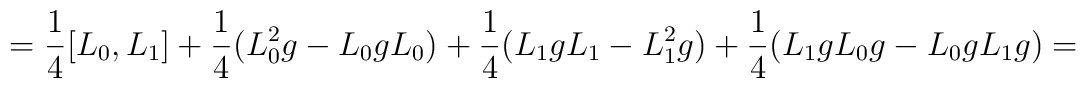
= \frac{1}{4} [L_{0},L_{1}] +  \frac{1}{4} (L_{0}^{2}g -L_{0}gL_{0}) + \\ \frac{1}{4}(L_{1}gL_{1}- L_{1}^{2}g) + \frac{1}{4}(L_{1}gL_{0}g -L_{0}gL_{1}g)=